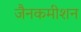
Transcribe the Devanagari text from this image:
जैनकमीशन